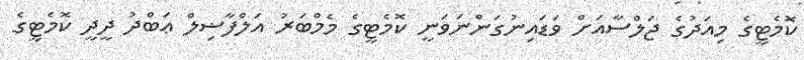
ކޮމެޓީގެ މިއަދުގެ ޖަލްސާއަށް ވަޑައިނުގަންނަވަނީ ކޮމެޓީގެ މެމްބަރު އަލްފާޟިލް ޢަބްދު ދީދީ ކޮމެޓީގެ